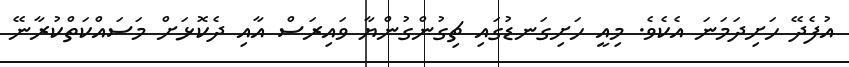
އުފެދޭ ހަށިދަމަނަ އެކެވެ. މިއީ ހަށިގަނޑުގައި ޗިގުންގުންޔާ ވައިރަސް އާއި ދެކޮޅަށް މަސައްކަތްކުރާނޭ